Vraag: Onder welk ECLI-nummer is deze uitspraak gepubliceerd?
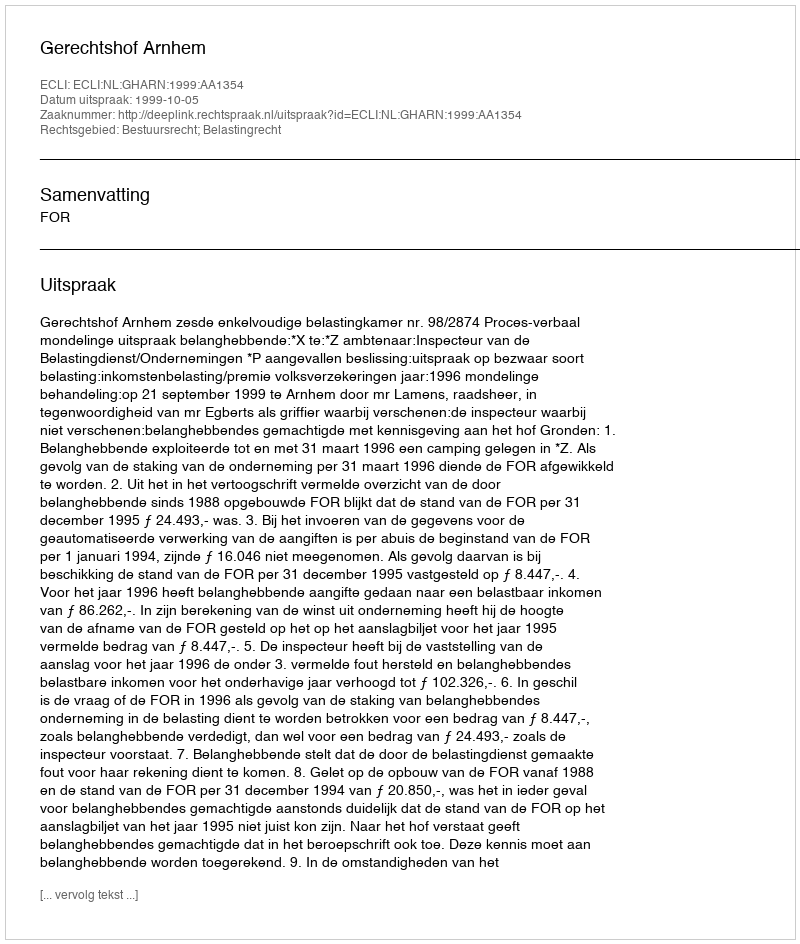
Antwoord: ECLI:NL:GHARN:1999:AA1354